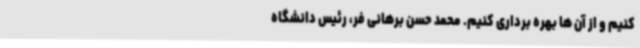
کنیم و از آن ها بهره برداری کنیم. محمد حسن برهانی فر، رئیس دانشگاه